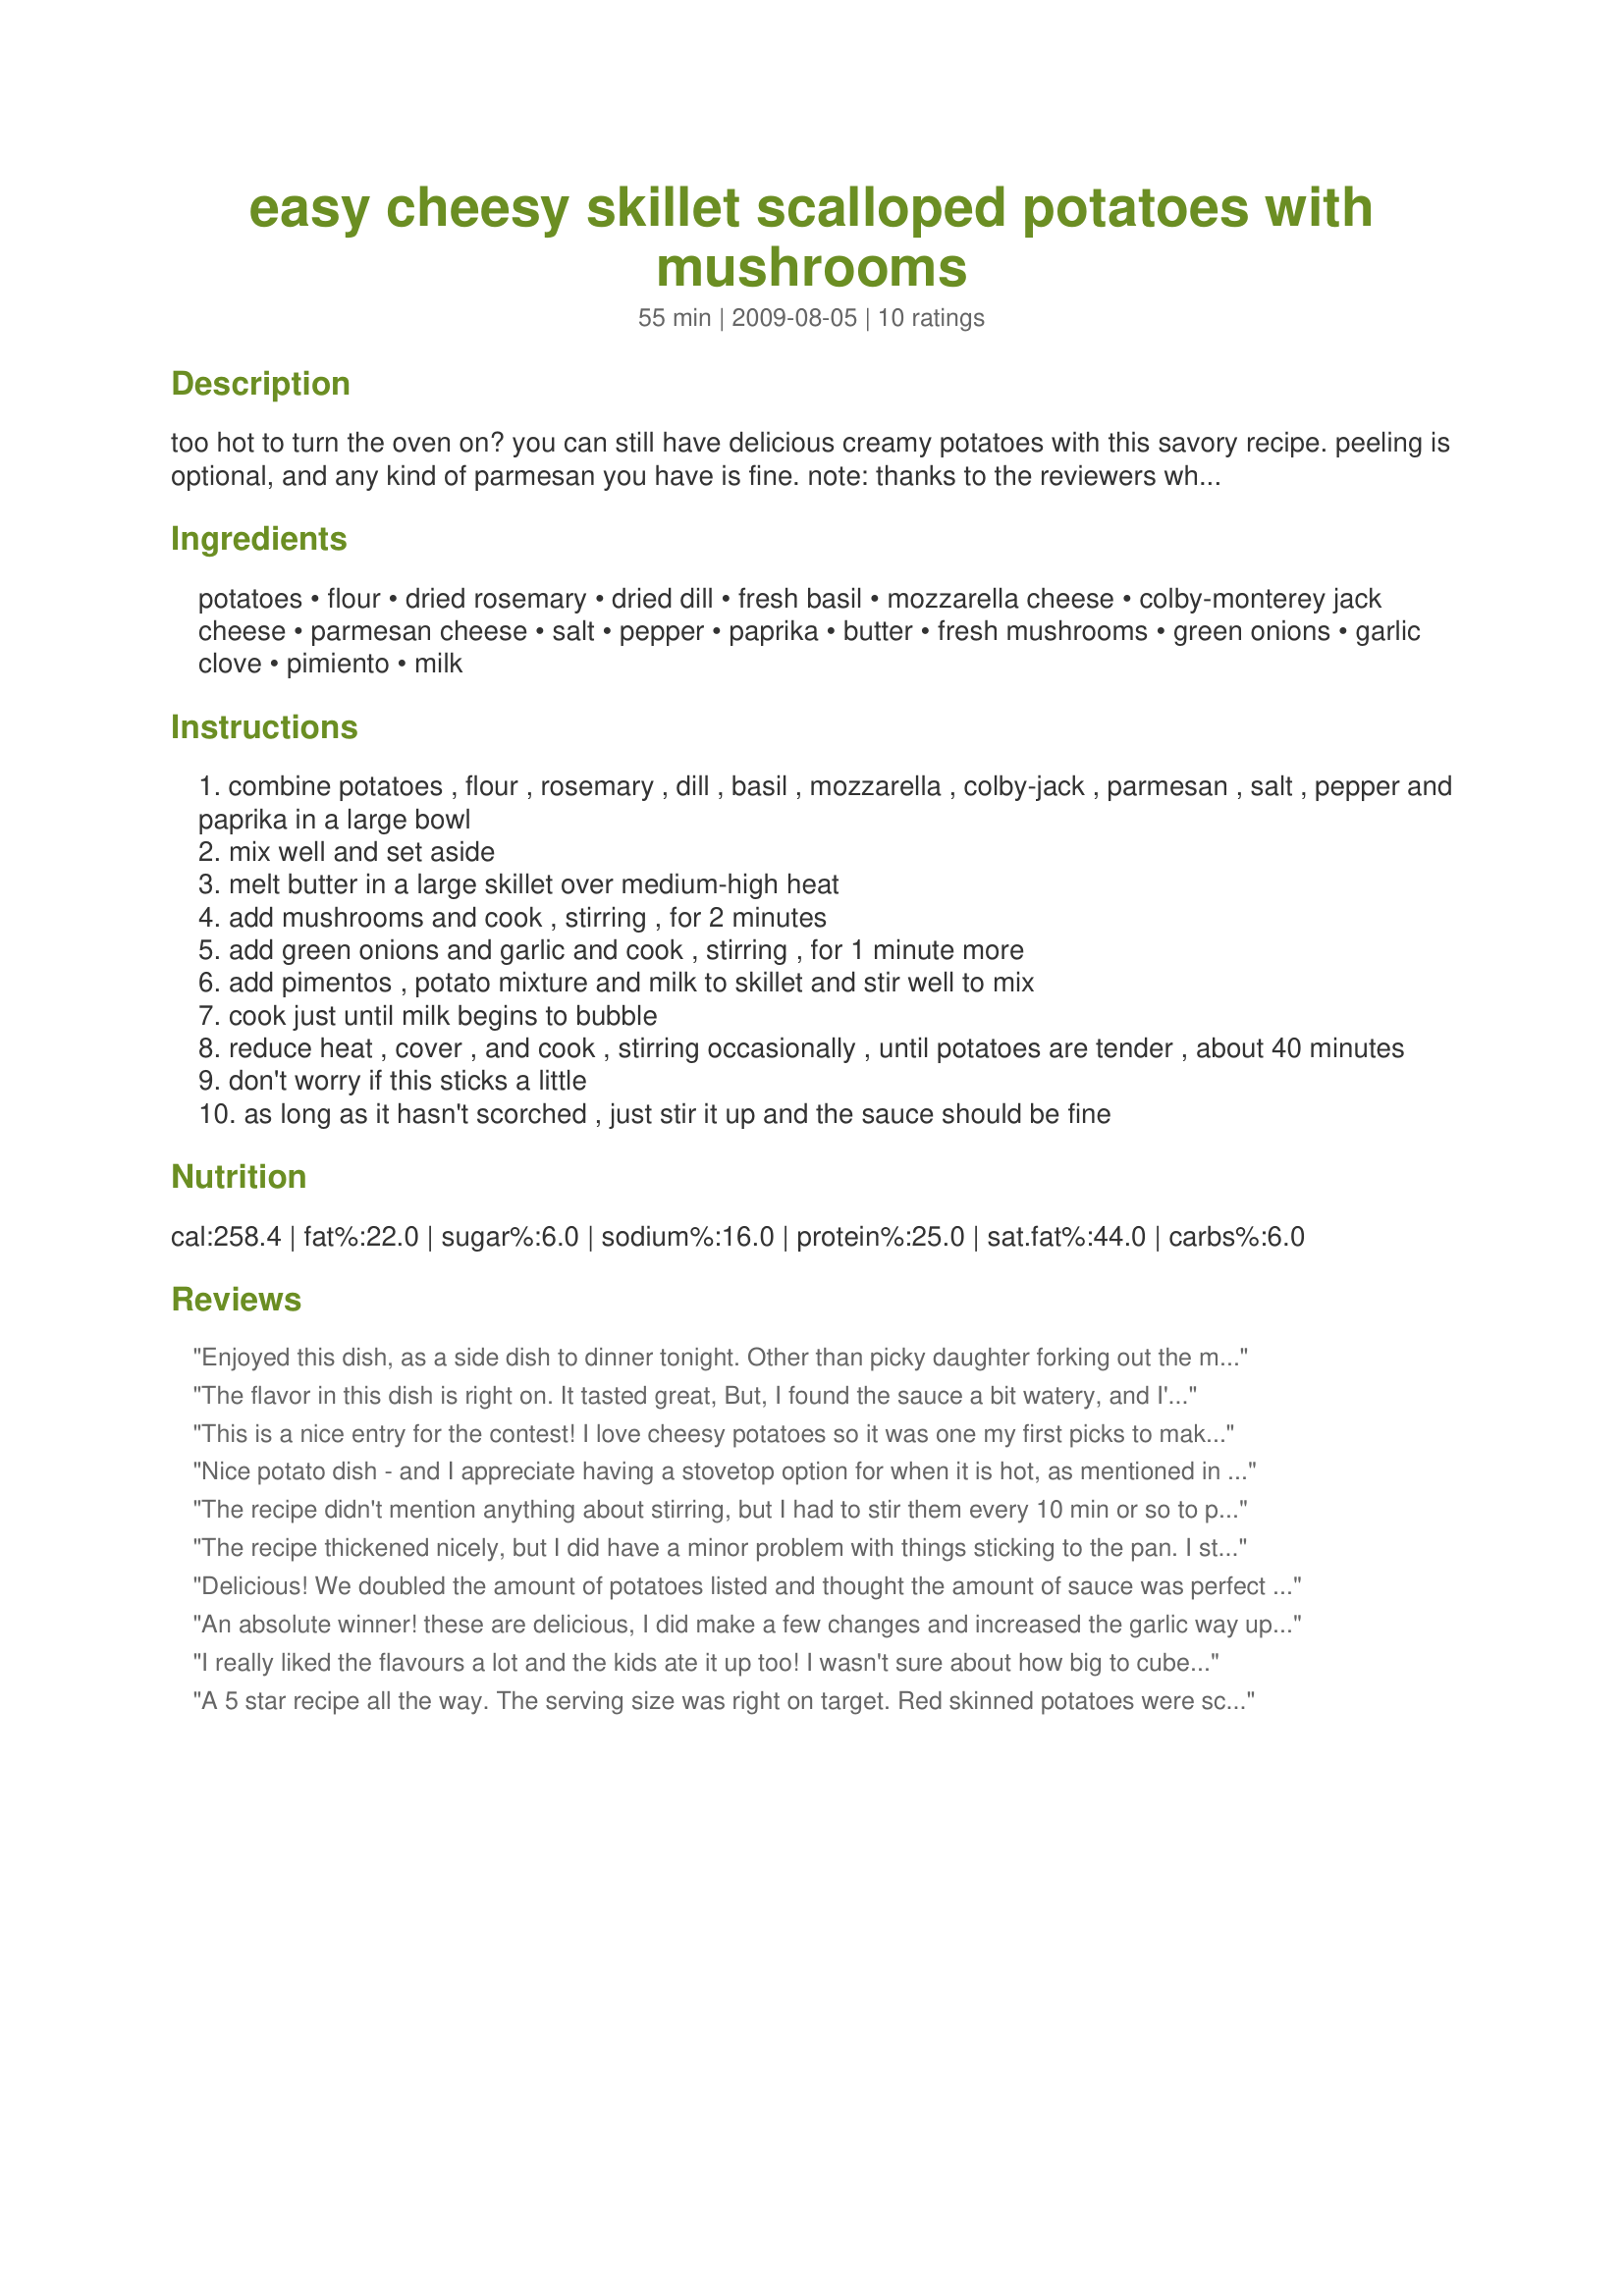
easy cheesy skillet scalloped potatoes with mushrooms
Preparation time: 55 minutes

too hot to turn the oven on? you can still have delicious creamy potatoes with this savory recipe. peeling is optional, and any kind of parmesan you have is fine.
note: thanks to the reviewers who made this the second-place winner! i've noted the things you said, and made a few adjustments. note: this is a stovetop recipe. i do not recommend making it in the oven. although it can be done successfully, it takes about twice as long to cook using raw potatoes. using cooked or partially cooked potatoes does not give the sauce a chance to thicken properly. the dish also has a serious tendency to scorch in the oven.

Ingredients:
potatoes, flour, dried rosemary, dried dill, fresh basil, mozzarella cheese, colby-monterey jack cheese, parmesan cheese, salt, pepper, paprika, butter, fresh mushrooms, green onions, garlic clove, pimiento, milk

Steps:
combine potatoes , flour , rosemary , dill , basil , mozzarella , colby-jack , parmesan , salt , pepper and paprika in a large bowl
mix well and set aside
melt butter in a large skillet over medium-high heat
add mushrooms and cook , stirring , for 2 minutes
add green onions and garlic and cook , stirring , for 1 minute more
add pimentos , potato mixture and milk to skillet and stir well to mix
cook just until milk begins to bubble
reduce heat , cover , and cook , stirring occasionally , until potatoes are tender , about 40 minutes
don't worry if this sticks a little
as long as it hasn't scorched , just stir it up and the sauce should be fine

Reviews:
Enjoyed this dish, as a side dish to dinner tonight. Other than picky daughter forking out the mushrooms, and it sticking slightly to the pan no problems, and well enjoyed. Made for Zaar Stars.
The flavor in this dish is right on. It tasted great, But, I found the sauce a bit watery, and I'm not really in love with the mushrooms. Since they're a pretty wet ingredient, I think next time I'll try it without the shrooms. Great recipe, and good luck in rsc!
This is a nice entry for the contest! I love cheesy potatoes so it was one my first picks to make. It was indeed cheesy and creamy, but I found it just a bid too much sauce. I'd either cut back on the sauce ingredients or add more potatoes. I enjoyed the herb combination. And as much as I love mushrooms, I wasn't crazy about them with this dish, but that is subjective to my taste. I too had some issues with sticking. Next time I'll try to adapt this dish to bake in the oven, sprinkled with a crunchy topping I think it would be great. Good luck in the contest!
Nice potato dish - and I appreciate having a stovetop option for when it is hot, as mentioned in the intro. Good flavors, and loved the addition of mushrooms. Thanks for sharing!
The recipe didn't mention anything about stirring, but I had to stir them every 10 min or so to prevent to much sticking. Tasted great, and were very cheesey with a good amount of sauce. I think I would have rather just cooked this in the oven though.
The recipe thickened nicely, but I did have a minor problem with things sticking to the pan. I stirred several times to save it from burning. Taste wise it was well seasoned, but next time I would leave out the dill and up the salt. I served with grilled chicken and a green salad. Good luck in the contest!
Delicious! We doubled the amount of potatoes listed and thought the amount of sauce was perfect for that, otherwise didn't change anything. I especially like that these are a stovetop method to clear up the oven for other things. Thanks for sharing!
An absolute winner! these are delicious, I did make a few changes and increased the garlic way up and chili flakes, I omitted the dill as I did not have any at the time I made these, this is a killer potato recipe I urge everyone to give it a try, thanks for sharing Pat I will make this again for sure!
I really liked the flavours a lot and the kids ate it up too! I wasn't sure about how big to cube the potatoes, so I cut them into 1" squares. Also, I used double the amount of potatoes because there was way too much sauce for the listed amount of potatoes until I did that. You could actually use more than double. Make sure to stir this frequently or the potatoes in the middle are cooked and the ones on the outside are still crunchy. I also removed the lid for the last 10 minutes because the sauce was a little runny and I wanted it to thicken up a bit more. I would make this again! It is truly delicious and is also great as leftovers. Thanks! Good luck in RSC #14. :)
A 5 star recipe all the way. The serving size was right on target. Red skinned potatoes were scrubbed and peel left on were used for the recipe. This was served with grilled steak and snap peas. A creative use of contest ingredients. Good luck in RSC #14.
